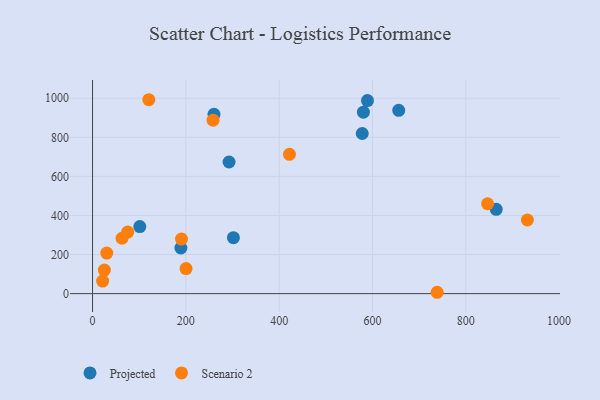
{"axis": {"x": "Distance", "y": "Salary"}, "legend": ["Projected", "Scenario 2"], "data": [{"x": "189.4", "y": 233.7, "type": "Projected"}, {"x": "260.3", "y": 917.6, "type": "Projected"}, {"x": "292.6", "y": 673.7, "type": "Projected"}, {"x": "589.3", "y": 988.3, "type": "Projected"}, {"x": "101.3", "y": 343.4, "type": "Projected"}, {"x": "580.6", "y": 928.6, "type": "Projected"}, {"x": "578.1", "y": 819.6, "type": "Projected"}, {"x": "302.0", "y": 286.7, "type": "Projected"}, {"x": "865.3", "y": 431.5, "type": "Projected"}, {"x": "656.3", "y": 938.3, "type": "Projected"}, {"x": "190.7", "y": 279.4, "type": "Scenario 2"}, {"x": "258.3", "y": 887.7, "type": "Scenario 2"}, {"x": "200.4", "y": 128.2, "type": "Scenario 2"}, {"x": "932.1", "y": 376.8, "type": "Scenario 2"}, {"x": "75.4", "y": 315.1, "type": "Scenario 2"}, {"x": "21.6", "y": 64.3, "type": "Scenario 2"}, {"x": "30.5", "y": 207.4, "type": "Scenario 2"}, {"x": "846.8", "y": 460.1, "type": "Scenario 2"}, {"x": "738.7", "y": 7.0, "type": "Scenario 2"}, {"x": "25.3", "y": 120.4, "type": "Scenario 2"}, {"x": "120.6", "y": 992.5, "type": "Scenario 2"}, {"x": "422.1", "y": 713.3, "type": "Scenario 2"}, {"x": "63.2", "y": 283.5, "type": "Scenario 2"}]}